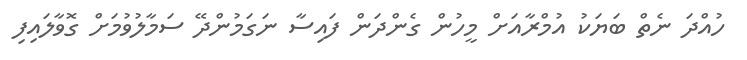
ހުއްދަ ނެތް ބަޔަކު އުމްރާއަށް މީހުން ގެންދަން ފައިސާ ނަގަމުންދޭ ސަމާލުވުމަށް ގޮވާލައިފި